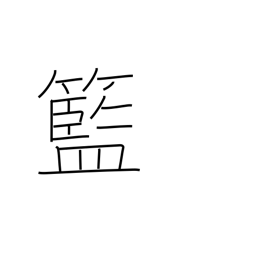
Meaning: basket